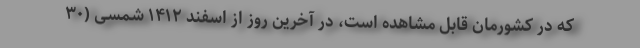
که در کشورمان قابل مشاهده است، در آخرین روز از اسفند ۱۴۱۲ شمسی (۳۰